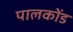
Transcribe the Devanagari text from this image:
पालकोंड